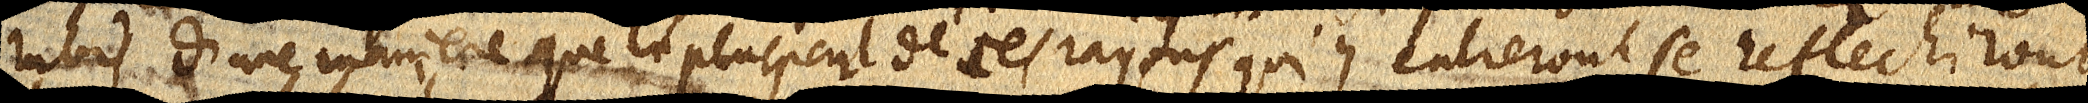
rubis d’une maniere que la pluspart de ces rayons qui y entreront se reflechiront